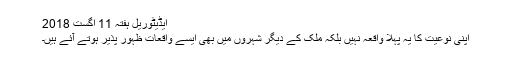
ایڈیٹوریل ہفتہ 11 اگست 2018
اپنی نوعیت کا یہ پہلا واقعہ نہیں بلکہ ملک کے دیگر شہروں میں بھی ایسے واقعات ظہور پذیر ہوتے آئے ہیں۔